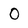
Character: O